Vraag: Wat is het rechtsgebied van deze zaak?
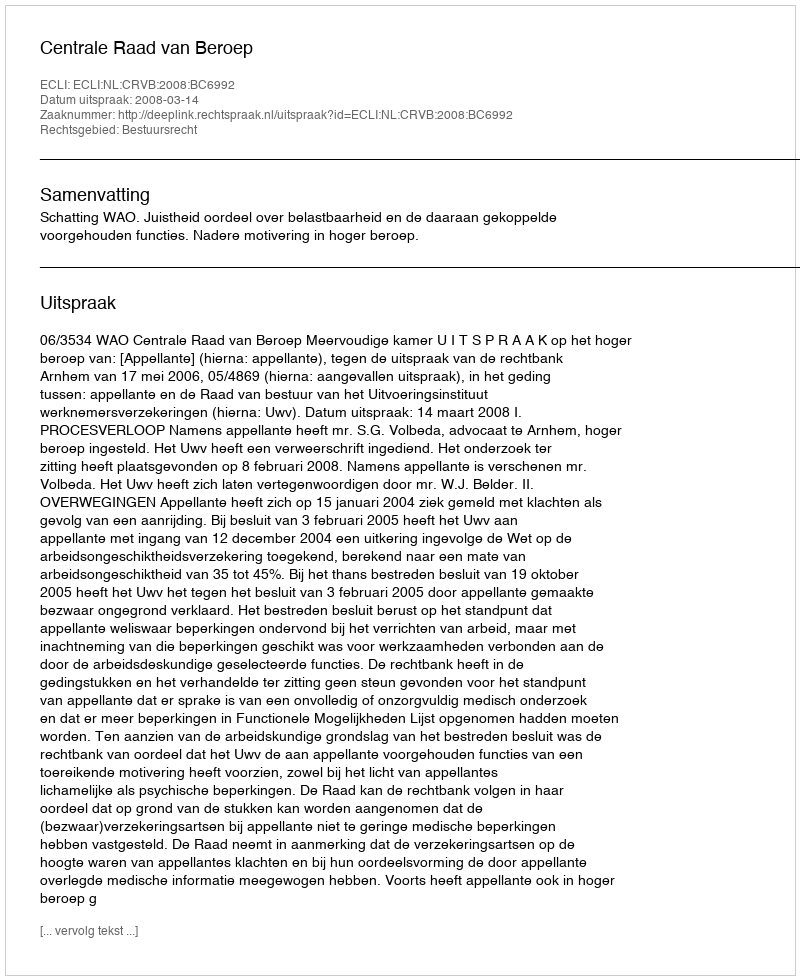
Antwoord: Bestuursrecht